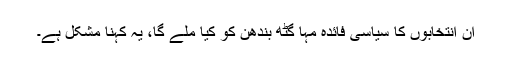
ان انتخابوں کا سیاسی فائدہ مہا گٹھ بندھن کو کیا ملے گا، یہ کہنا مشکل ہے۔